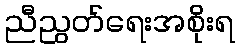
ညီညွတ်ရေးအစိုးရ